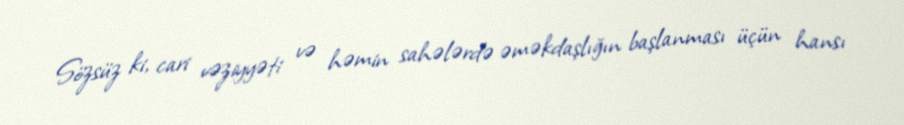
Sözsüz ki, cari vəziyyəti və həmin sahələrdə əməkdaşlığın başlanması üçün hansı